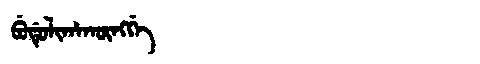
Manchu: ᠪᡠᡩᡠᠯᡳᡥᠠᡴᡡᠩᡤᡝ
Romanization: BUDULIHAKŪNGGE